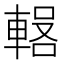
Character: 𰹕